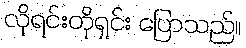
လိုရင်းတိုရှင်း ပြောသည်။